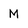
Character: M